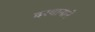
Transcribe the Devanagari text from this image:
दरबानाने